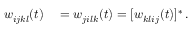
\begin{array} { r l } { w _ { i j k l } ( t ) } & { { } = w _ { j i l k } ( t ) = [ w _ { k l i j } ( t ) ] ^ { * } \, . } \end{array}